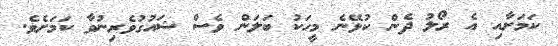
ކަމަށާއި އެ ރޯލު ދެން ކުޅޭނެ މީހަކު ބަލަން ވެސް ޝައުގުވެރިނުވާ ކަމަށެވެ.